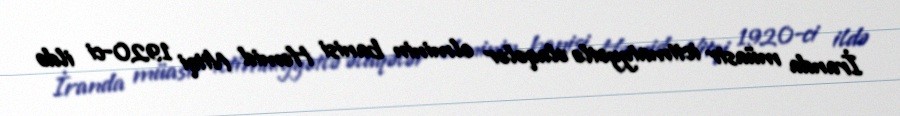
İranda müasir ictimaiyyətlə əlaqələr elminin banisi Həmid Nitqi 1920-ci ildə